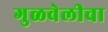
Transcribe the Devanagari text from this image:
गुळवेलीचा